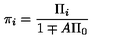
\pi _ { i } = \frac { \Pi _ { i } } { 1 \mp A \Pi _ { 0 } }